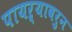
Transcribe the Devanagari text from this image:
पायऱ्यावरुन